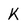
Character: K